Leaving Certificate Examination (including Day School Certificate (Higher) General paper), 1926
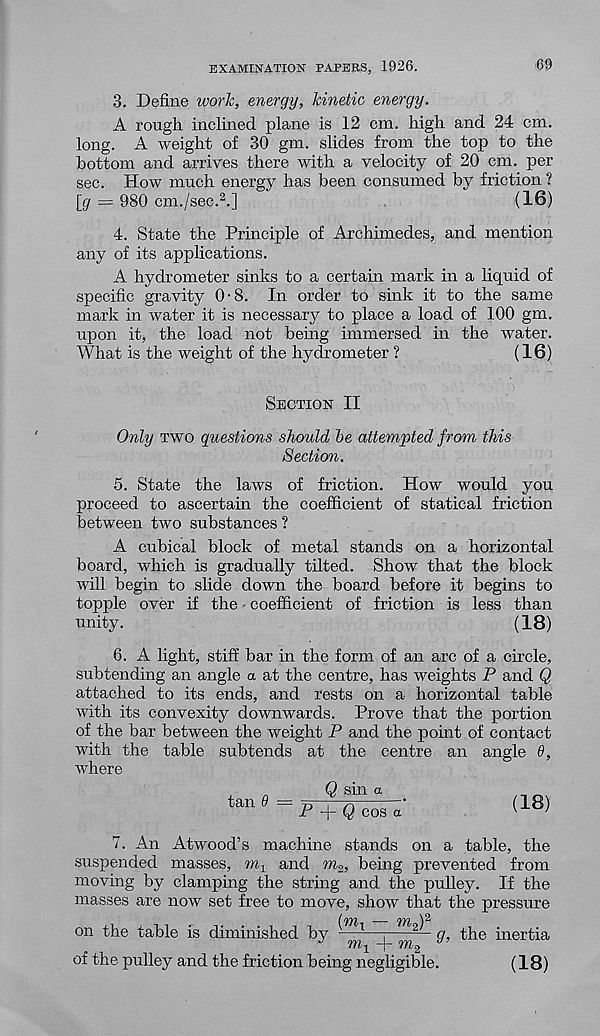
EXAMINATION PAPERS, 1926.
09
3. Define work, energy, kinetic energy.
A rough inclined plane is 12 cm. high and 24 cm.
long. A weight of 30 gm. slides from the top to the
bottom and arrives there with a velocity of 20 cm. per
sec. How much energy has been consumed by friction ?
[_g — 980 cm./sec. 2 .]
(16)
4. State the Principle of Archimedes, and mention
any of its applications.
A hydrometer sinks to a certain mark in a liquid of
specific gravity 0-8. In order to sink it to the same
mark in water it is necessary to place a load of 100 gm.
upon it, the load not being immersed in the water.
What is the weight of the hydrometer ?
(16)
Section II
Only two questions should be attempted from this
Section.
5. State the laws of friction. How would you
proceed to ascertain the coefficient of statical friction
between two substances ?
A cubical block of metal stands on a horizontal
board, which is gradually tilted. Show that the block
will begin to slide down the board before it begins to
topple over if the • coefficient of friction is less than
unity.
(18)
6. A light, stiff bar in the form of an arc of a circle,
subtending an angle a at the centre, has weights P and Q
attached to its ends, and rests on a horizontal table
with its convexity downwards. Prove that the portion
of the bar between the weight P and the point of contact
with the table subtends at the centre an angle 9,
where
tan 6
Q sin a
P
Q cos a
(18)
7. An Atwood’s machine stands on a table, the
suspended masses, m 1 and m 2 , being prevented from
moving by clamping the string and the pulley. If the
masses are now set free to move, show that the pressure
on the table is diminished by — 1 —;
— q, the inertia
J
m 1 + m 2
J
of the pulley and the friction being negligible.
(18)